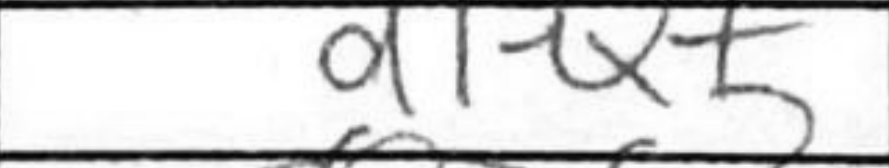
Transcription: d1Q+